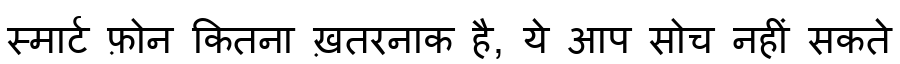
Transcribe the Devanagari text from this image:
स्मार्ट फ़ोन कितना ख़तरनाक है, ये आप सोच नहीं सकते